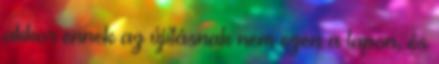
akkor ennek az újításnak nem ezen a lapon, és